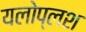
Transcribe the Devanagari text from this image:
यलोप्लश